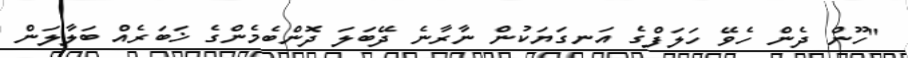
"ހޫން ދެން ހެވޭ ހަލަފްގެ އަނގަޔަކުން ނާރާނެ ދޭބަލަ ދޮންބެމެންގެ ޚަބަރެއް ބަލާލަން